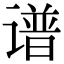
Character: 谱